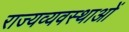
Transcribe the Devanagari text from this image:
राज्यव्यवस्थाओं